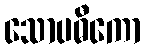
သောပဓီကော